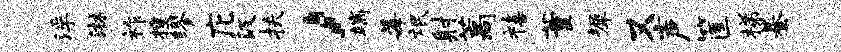
浮淋祚搜缪庀汲扶，端莓氓射藁禧董墀又声筐梯綦